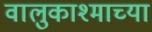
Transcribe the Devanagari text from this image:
वालुकाश्माच्या